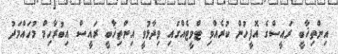
އިންތިޚާބީ ރައީސްގެ އޮފީހުން ކުރެއްވި ޓްވީޓެއްގައި ވިދާޅުވީ އިންތިޚާބީ ރައީސް އިބުރާހިމް މުހައްމަދު